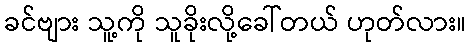
ခင်ဗျား သူ့ကို သူခိုးလို့ခေါ်တယ် ဟုတ်လား။